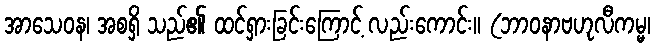
အာသေဝန၊ အစရှိ သည်၏ ထင်ရှားခြင်းကြောင့် လည်းကောင်း။ (ဘာဝနာဗဟုလီကမ္မ၊